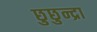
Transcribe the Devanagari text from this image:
छुछुन्द्रा